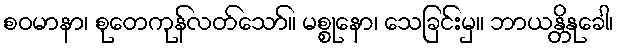
စဝမာနာ၊ စုတေကုန်လတ်သော်။ မစ္စုနော၊ သေခြင်းမှ။ ဘာယန္တိနုခေါ၊